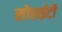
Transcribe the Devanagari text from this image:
सोसईटी